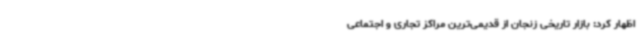
اظهار کرد: بازار تاریخی زنجان از قدیمی‌ترین مراکز تجاری و اجتماعی